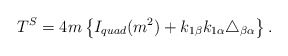
\begin{align*}T^{S}=4m\left\{ I_{quad}(m^{2})+k_{1\beta }k_{1\alpha }\triangle _{\beta\alpha }\right\} .\end{align*}